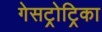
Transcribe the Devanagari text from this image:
गेसट्रोट्रिका